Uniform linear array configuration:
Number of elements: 4
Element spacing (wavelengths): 0.25
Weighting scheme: cosine
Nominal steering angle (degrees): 15
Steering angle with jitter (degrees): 14.573
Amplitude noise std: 0.05
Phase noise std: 0.05

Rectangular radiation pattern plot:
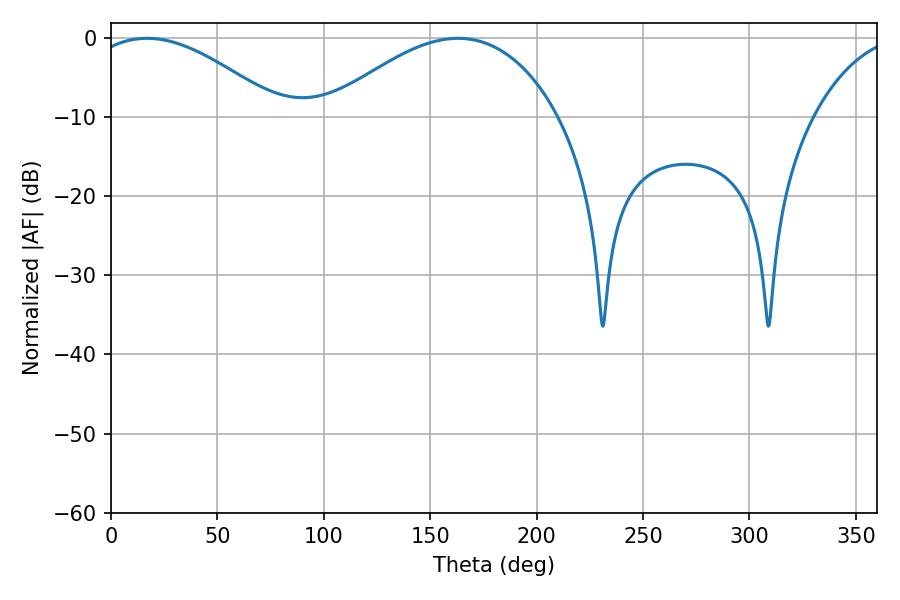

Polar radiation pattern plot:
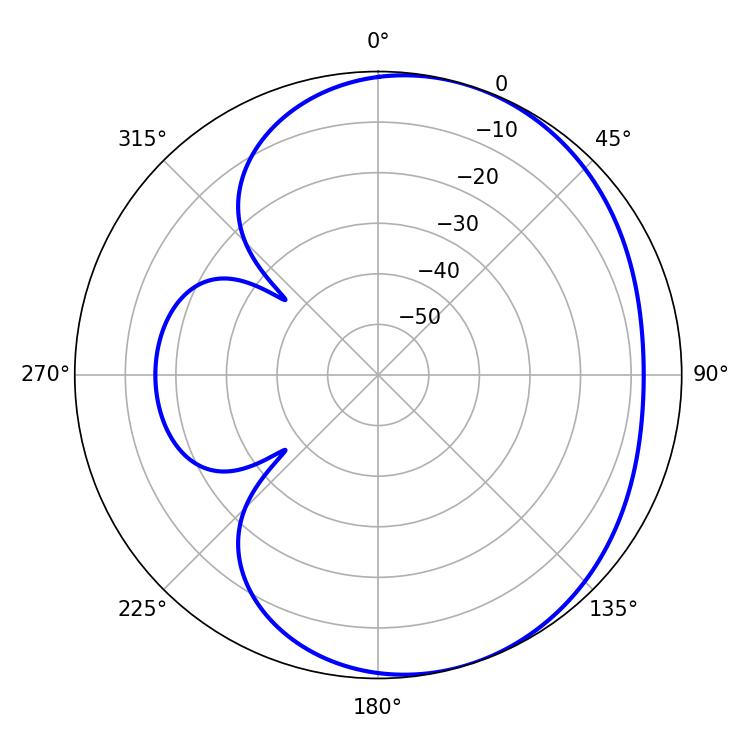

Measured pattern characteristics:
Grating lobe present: FALSE
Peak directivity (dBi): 3.979
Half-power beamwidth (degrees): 50.04
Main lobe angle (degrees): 16.92